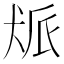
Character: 𬌰